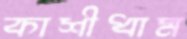
কাশীধাম